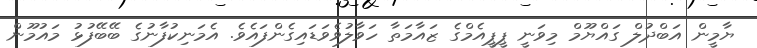
ޔާމީން އަބްދުލް ގައްޔޫމް މިވަނީ ޕީޕީއެމްގެ ޒައާމަތާ ހަވާލުވެވަޑައިގެންފައެވެ. އެމަނިކުފާނުގެ ބޭބޭފުޅު މައުމޫން